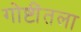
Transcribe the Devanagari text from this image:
गोष्टींतला